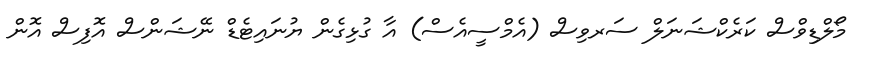
މޯލްޑިވްސް ކަރެކްޝަނަލް ސަރވިސް (އެމްސީއެސް) އާ ގުޅިގެން ޔުނައިޓެޑް ނޭޝަންސް އޮފިސް އޮން